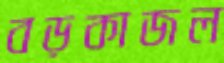
বড়কাজল